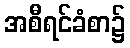
အစီရင်ခံစာ၌